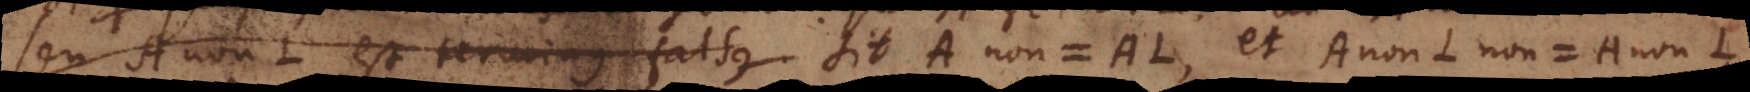
seu A non‐L est terminus falsus. Sit A non = AL, et A non‐L non = A non‐L,